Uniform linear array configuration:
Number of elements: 12
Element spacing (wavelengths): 0.75
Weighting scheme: cosine
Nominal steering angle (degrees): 60
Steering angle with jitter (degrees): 61.123
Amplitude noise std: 0.05
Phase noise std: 0.05

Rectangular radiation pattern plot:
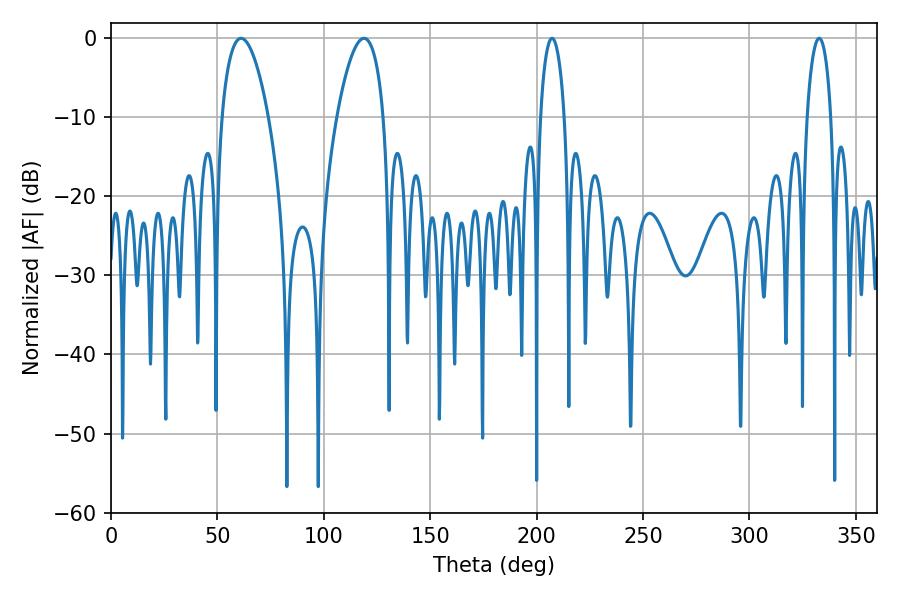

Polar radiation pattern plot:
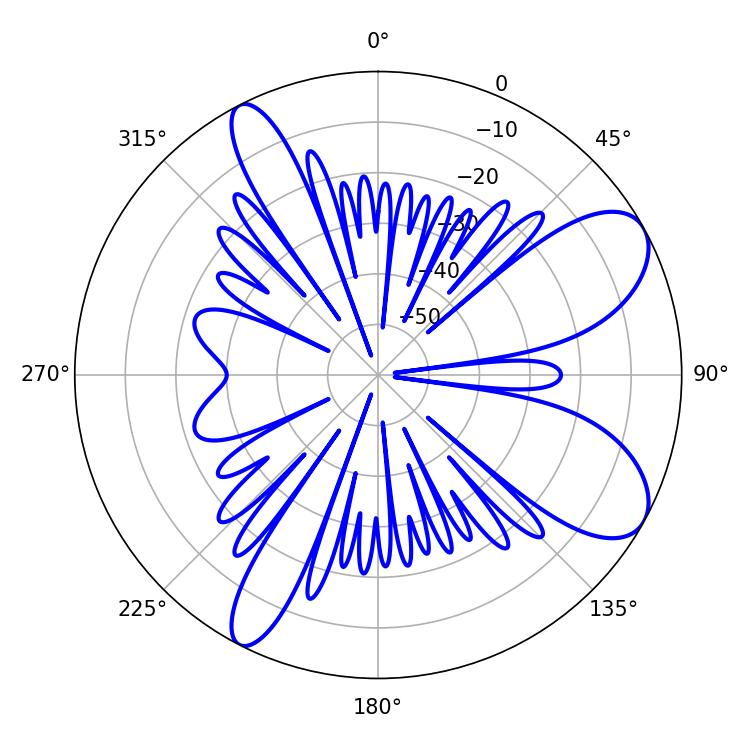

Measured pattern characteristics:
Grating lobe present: TRUE
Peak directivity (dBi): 8.444
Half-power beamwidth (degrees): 12.24
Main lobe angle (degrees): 61.2